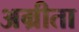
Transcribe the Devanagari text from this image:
अम्रीता